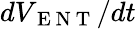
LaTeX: dV_{\mathrm{~E~N~T~}}/dt